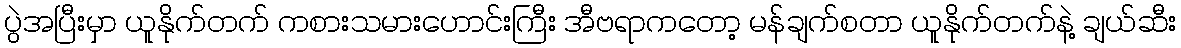
ပွဲအပြီးမှာ ယူနိုက်တက် ကစားသမားဟောင်းကြီး အီဗရာကတော့ မန်ချက်စတာ ယူနိုက်တက်နဲ့ ချယ်ဆီး